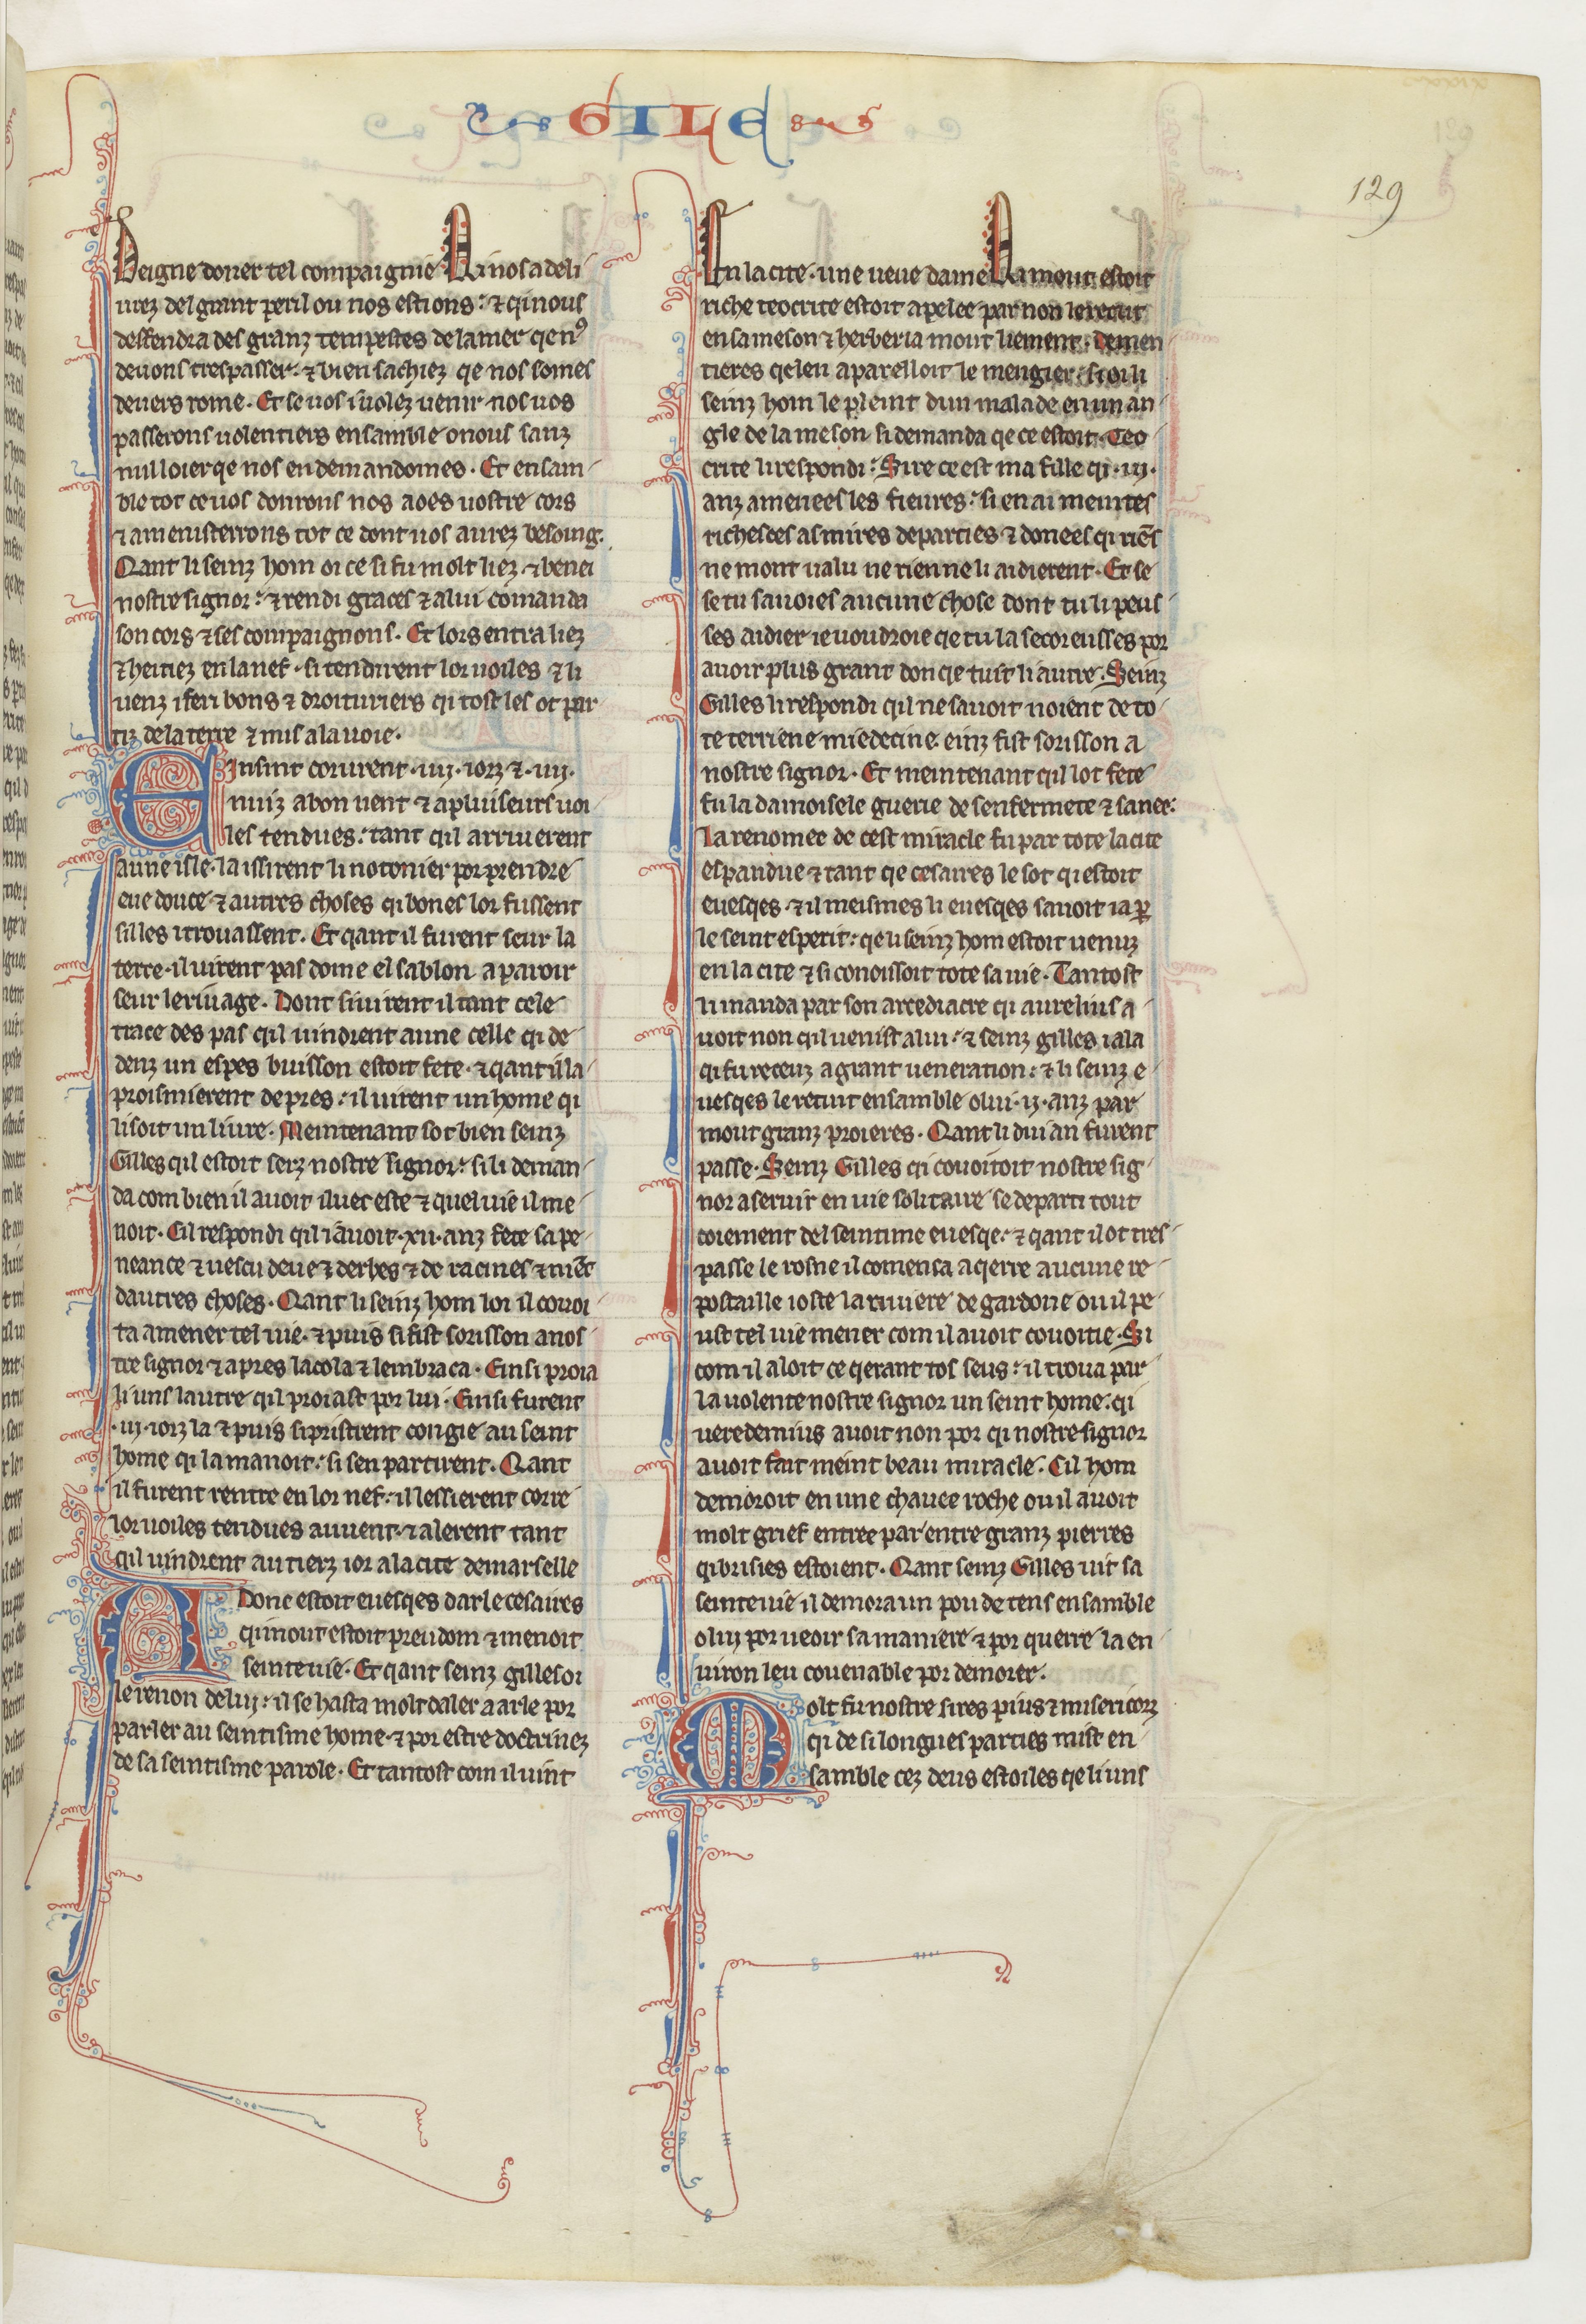
Shelfmark: Paris, BnF, fr. 412
Century: 13